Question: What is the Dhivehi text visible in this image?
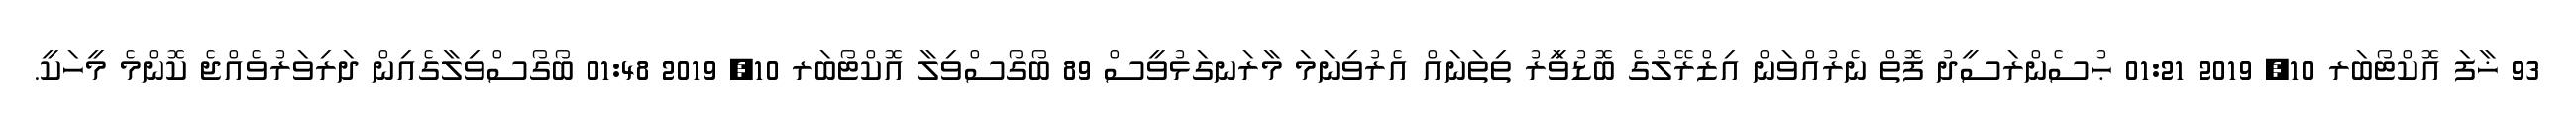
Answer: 93 ޚާފަ އޮކްޓޯބަރ 10, 2019 01:21 ޙުސެންރަސީދު ފޮތް ނެރުއްވަން އިޒްރޭލުގެ ބޮޑުވަީރު ތިތަނައް އެރުވިނަމަ މާރަނގަޅުވީސް 89 ބޯގޯސްވިލާ އޮކްޓޯބަރ 10, 2019 01:48 ބޯގޯސްވިލާގެއިން ދަރިވަރުވެއްޖެ ކޮންމެ މީހަކީ.